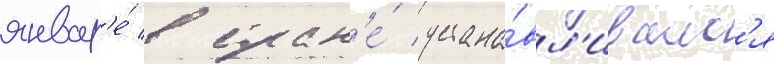
январ'е́ в стран'е́ устана́вл'ивалс'я